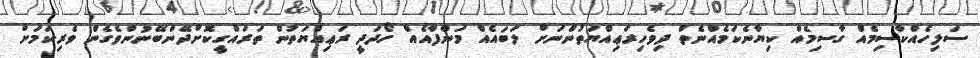
ސަލިހެއްކާސިމެއް ގާސިމެއް ކިޔާނެކަމެއްނެތް ދިވެހިރަޢިއްޔަތުންނަށް ލަބައެއް މަންފާއެއް ހޯދަދީ ރަޢިއްޔަތުން ތަރައްގީކޮށްދޭންބޭނުންވެގެން ވެރިކަމަށް